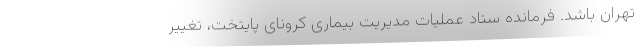
تهران باشد. فرمانده ستاد عملیات مدیریت بیماری کرونای پایتخت، تغییر